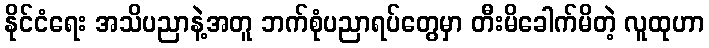
နိုင်ငံရေး အသိပညာနဲ့အတူ ဘက်စုံပညာရပ်တွေမှာ တီးမိခေါက်မိတဲ့ လူထုဟာ